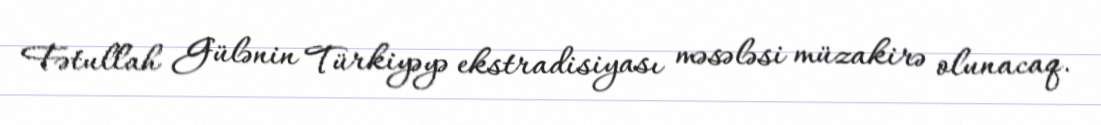
Fətullah Gülənin Türkiyəyə ekstradisiyası məsələsi müzakirə olunacaq.